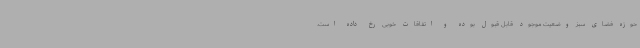
حوزه فضای سبز وضعیت موجود قابل قبول بوده و اتفاقات خوبی رخ داده است.